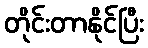
တိုင်းတာနိုင်ပြီး